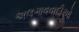
અલગાવવાદીઓ